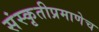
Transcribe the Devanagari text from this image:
संस्कृतीप्रमाणेच